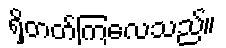
ရှိတတ်ကြလေသည်။